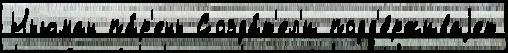
Ньюман па́р'ень Созда́т'ел'и подд'е́рживаjет